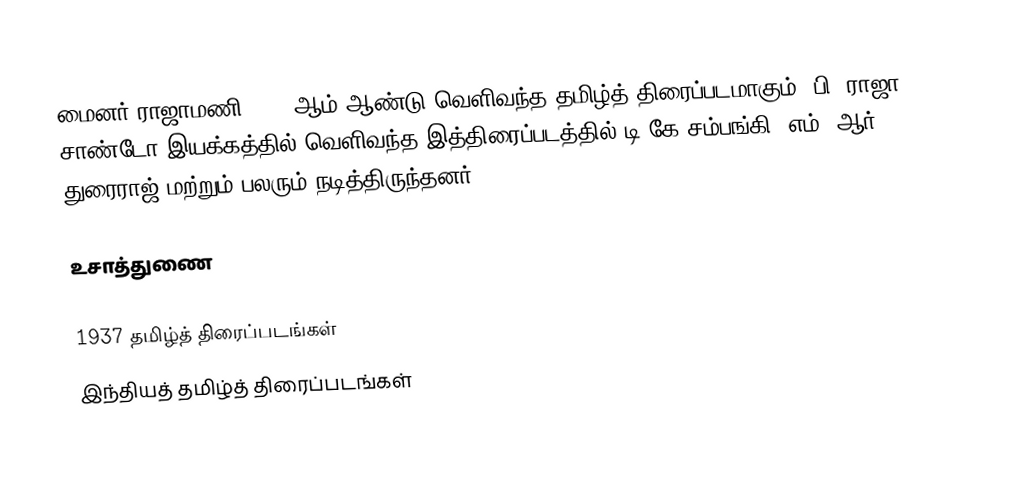
மைனர் ராஜாமணி 1937 ஆம் ஆண்டு வெளிவந்த தமிழ்த் திரைப்படமாகும். பி. ராஜா சாண்டோ இயக்கத்தில் வெளிவந்த இத்திரைப்படத்தில் டி.கே சம்பங்கி, எம். ஆர். துரைராஜ் மற்றும் பலரும் நடித்திருந்தனர்.

உசாத்துணை

1937 தமிழ்த் திரைப்படங்கள்
இந்தியத் தமிழ்த் திரைப்படங்கள்